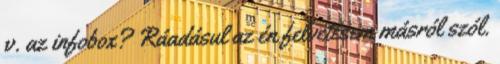
v. az infobox? Ráadásul az én felvetésem másról szól.